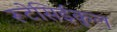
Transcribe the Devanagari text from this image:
रूटेसिईकुल